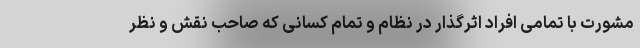
مشورت با تمامی افراد اثرگذار در نظام و تمام کسانی که صاحب نقش و نظر